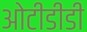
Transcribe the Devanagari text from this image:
ओटीडीडी